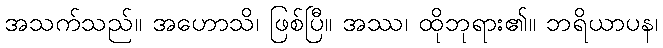
အသက်သည်။ အဟောသိ၊ ဖြစ်ပြီ။ အဿ၊ ထိုဘုရား၏။ ဘရိယာပန၊